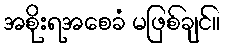
အစိုးရအစေခံ မဖြစ်ချင်။